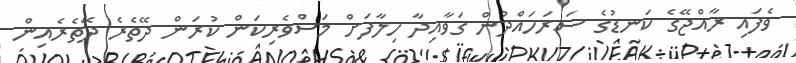
ވެފައި ރާއްޖޭގެ ކަނޑުގެ ސަރަހައްދުން ގަވާއިދާ ހިލާފަށް މަސްވެރިކަން ކުރަން ދޭތެރެ ދޭތެރެއިން